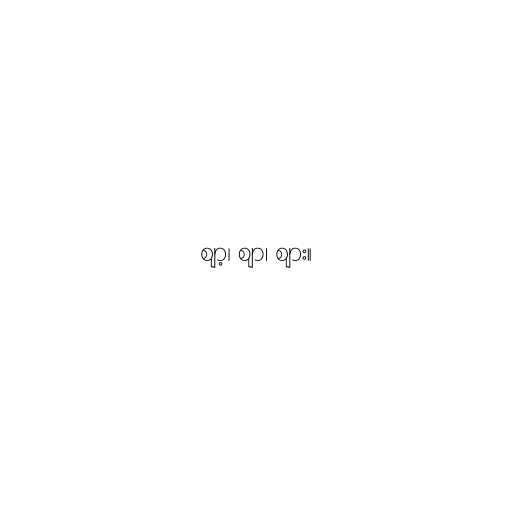
ဈာ့၊ ဈာ၊ ဈား။